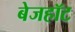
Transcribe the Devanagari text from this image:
बेजहॉट